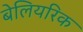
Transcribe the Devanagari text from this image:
बेलियरिक